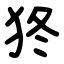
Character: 㹣